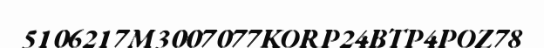
5106217M3007077KORP24BTP4POZ78